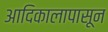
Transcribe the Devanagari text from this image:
आदिकालापासून